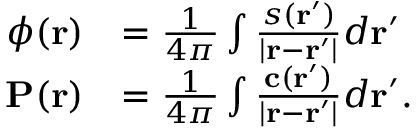
\begin{array} { r l } { \phi ( \mathbf { r } ) } & { = \frac { 1 } { 4 \pi } \int \frac { s ( \mathbf { r } ^ { \prime } ) } { | \mathbf { r } - \mathbf { r } ^ { \prime } | } d \mathbf { r } ^ { \prime } } \\ { \mathbf { P } ( \mathbf { r } ) } & { = \frac { 1 } { 4 \pi } \int \frac { \mathbf { c } ( \mathbf { r } ^ { \prime } ) } { | \mathbf { r } - \mathbf { r } ^ { \prime } | } d \mathbf { r } ^ { \prime } . } \end{array}